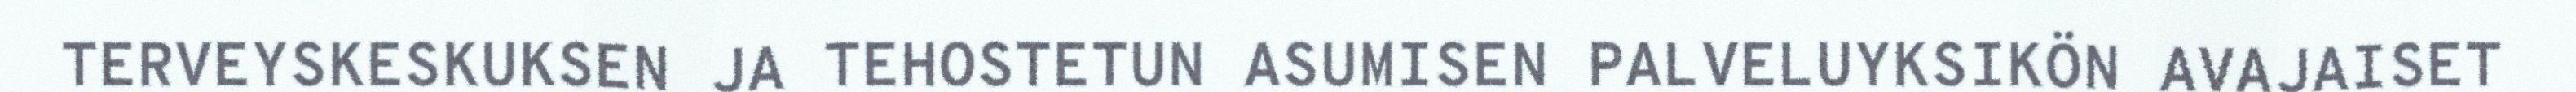
TERVEYSKESKUKSEN JA TEHOSTETUN ASUMISEN PALVELUYKSIKÖN AVAJAISET